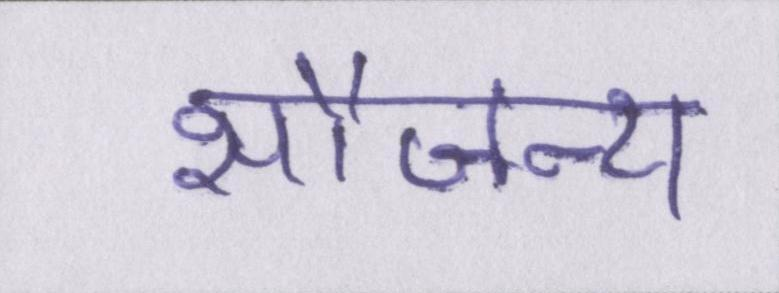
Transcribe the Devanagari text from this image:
सौजन्य